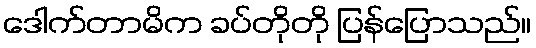
ဒေါက်တာမိက ခပ်တိုတို ပြန်ပြောသည်။